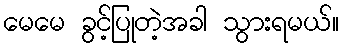
မေမေ ခွင့်ပြုတဲ့အခါ သွားရမယ်။